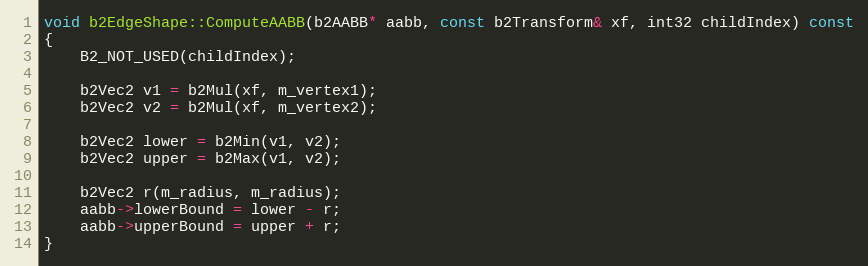
Language: C++
void b2EdgeShape::ComputeAABB(b2AABB* aabb, const b2Transform& xf, int32 childIndex) const
{
	B2_NOT_USED(childIndex);

	b2Vec2 v1 = b2Mul(xf, m_vertex1);
	b2Vec2 v2 = b2Mul(xf, m_vertex2);

	b2Vec2 lower = b2Min(v1, v2);
	b2Vec2 upper = b2Max(v1, v2);

	b2Vec2 r(m_radius, m_radius);
	aabb->lowerBound = lower - r;
	aabb->upperBound = upper + r;
}